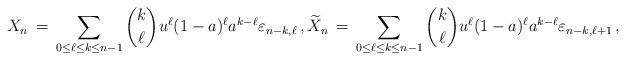
LaTeX: \begin{align*}X_{n} \, =\, \sum_{0 \le \ell \le k \le n-1} {k \choose \ell} u^{\ell } ( 1- a)^{\ell} a^{k-\ell} \varepsilon_{n-k, \ell} \, , \widetilde{X}_{n} \, =\, \sum_{0 \le \ell \le k \le n-1} {k \choose \ell } u^{\ell } ( 1- a)^{\ell} a^{k-\ell} \varepsilon_{n-k, \ell+1}\, , \end{align*}